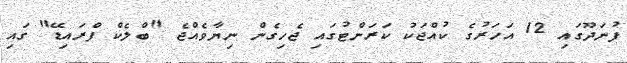
ފުނަދޫގައި 12 އަހަރުގެ ކުއްޖަކު ކަރަންޓުގައި ޖެހިގެން ނިޔާވެއްޖެ "ބްލެކް ފްރައިޑޭ" ގައި